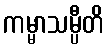
ကမ္မာသမ္ပီတိ